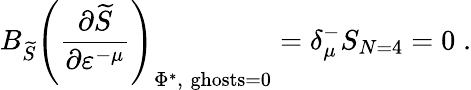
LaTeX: B_{\widetilde{S}}\left(\frac{\partial\widetilde{S}}{\partial\varepsilon^{-\mu}}\right)_{\Phi^{*},\; \mathrm{ghosts}=0}=\delta_{\mu}^{-}S_{N=4}=0\; .